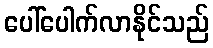
ပေါ်ပေါက်လာနိုင်သည်